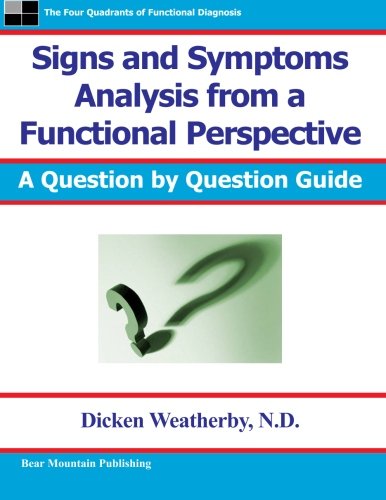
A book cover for Signs and Symptoms Analysis from a Functional Perspective; Dr. Dicken Weatherby; Medical Books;